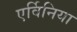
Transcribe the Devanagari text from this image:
एर्विनिया